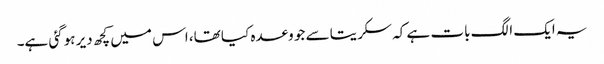
یہ ایک الگ بات ہے کہ سکریتا سے جو وعدہ کیا تھا، اس میں کچھ دیر ہوگئی ہے۔